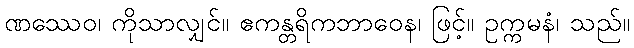
ဏဿေဝ၊ ကိုသာလျှင်။ ဧကန္တရိကဘာဝေန၊ ဖြင့်။ ဥက္ကမနံ၊ သည်။